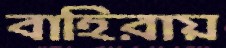
বাহিরায়